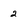
Character: 2